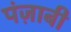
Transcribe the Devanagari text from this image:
पंज़ाबी